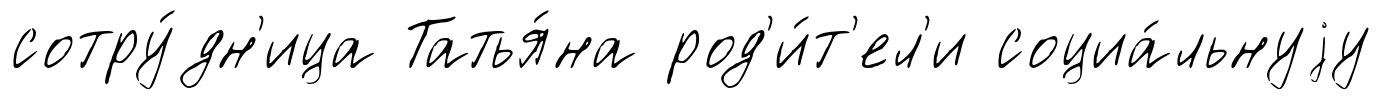
сотру́дн'ица Татья́на род'и́т'ел'и социа́льнуjу